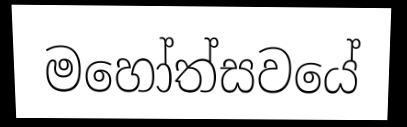
මහෝත්සවයේ